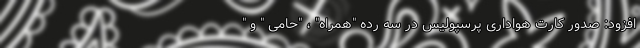
افزود: صدور کارت هواداری پرسپولیس در سه رده "همراه" ، "حامی " و "